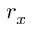
r _ { x }